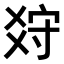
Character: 𤕠